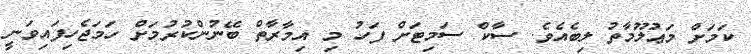
ކަމަށް މަޢުލޫމާތު ލިބެއެވެ. ސާކް ސަމިޓަށް ފަހު މި އިމާރާތް ބޭނުންކުރުމަށް ހަމަޖެހިފައިވަނީ